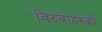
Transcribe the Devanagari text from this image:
विरुवाहरुको